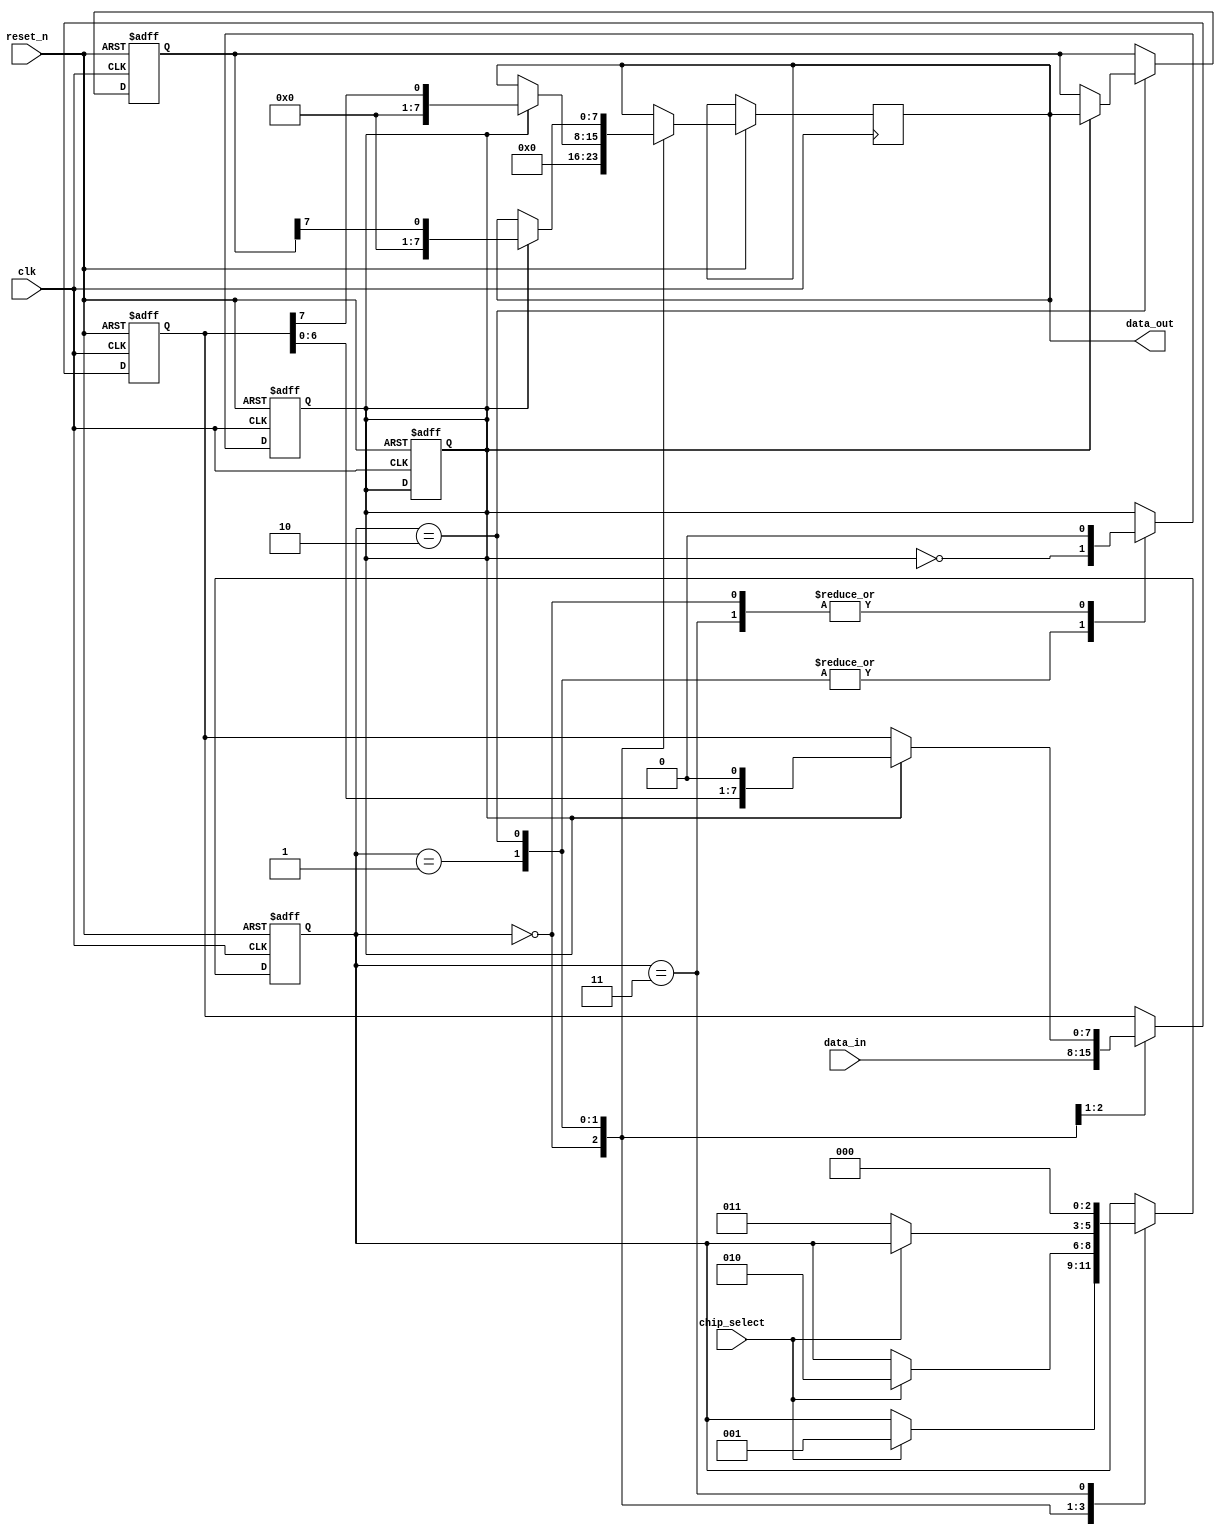
module spi_master (
    input wire clk,
    input wire reset_n,
    input wire chip_select,
    input wire [7:0] data_in,
    output wire [7:0] data_out
);

// Shift register for sending data bits serially
reg [7:0] data_shift_reg;
reg [7:0] data_out_reg;
reg [7:0] data_in_reg;

// Control logic for generating clock and chip select signals
reg clk_enable;
reg chip_select_enable;

// State machine for managing data transfer protocol
reg [2:0] state;
parameter IDLE = 3'b000;
parameter TRANSMIT = 3'b001;
parameter RECEIVE = 3'b010;
parameter DONE = 3'b011;

always @(posedge clk or negedge reset_n) begin
    if (!reset_n) begin
        // Initialize state machine and registers
        state <= IDLE;
        data_shift_reg <= 8'd0;
        clk_enable <= 1'b0;
        chip_select_enable <= 1'b0;
        data_in_reg <= 8'd0;
    end else begin
        case (state)
            IDLE: begin
                data_shift_reg <= data_in;
                data_out_reg <= 8'd0;
                if (chip_select) begin
                    state <= TRANSMIT;
                end
            end
            TRANSMIT: begin
                // Transmit data by shifting out one bit at a time
                if (clk_enable) begin
                    data_out_reg <= data_shift_reg[7];
                    data_shift_reg <= {data_shift_reg[6:0], 1'b0};
                end
                if (chip_select) begin
                    // Wait for slave device to acknowledge reception
                    state <= RECEIVE;
                    chip_select_enable <= 1'b1;
                end
            end
            RECEIVE: begin
                // Receive data by shifting in one bit at a time
                if (clk_enable) begin
                    data_in_reg <= {data_in_reg[6:0], data_out};
                    data_out_reg <= data_in_reg[7];
                end
                if (!chip_select) begin
                    state <= DONE;
                    chip_select_enable <= 1'b0;
                end
            end
            DONE: begin
                // Data transfer complete
                state <= IDLE;
            end
        endcase
    end
end

// Generate clock signal
always @(posedge clk or negedge reset_n) begin
    if (!reset_n) begin
        clk_enable <= 1'b0;
    end else begin
        case (state)
            IDLE: begin
                clk_enable <= 1'b0;
            end
            TRANSMIT: begin
                clk_enable <= ~clk_enable;
            end
            RECEIVE: begin
                clk_enable <= ~clk_enable;
            end
            DONE: begin
                clk_enable <= 1'b0;
            end
        endcase
    end
end

// Output data
assign data_out = data_out_reg;

endmodule